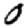
Digit: 0